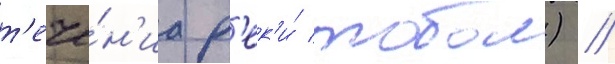
т'ече́н'иа р'ек'и́ тобол) //